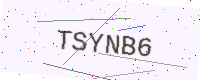
Text: TSYNB6